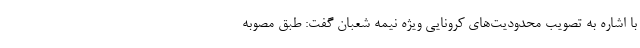
با اشاره به تصویب محدودیت‌های کرونایی ویژه نیمه شعبان گفت: طبق مصوبه